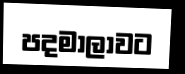
පදමාලාවට